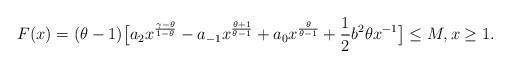
LaTeX: \begin{align*} F (x) = (\theta-1)\big[ a_2 x^{\frac{\gamma-\theta}{1-\theta}} - a_{-1} x^{\frac{\theta+1} {\theta-1}} + a_0 x^{\frac{\theta}{\theta-1}} + \frac{1}{2} b^2 \theta x^{-1} \big] \leq M , x \geq 1. \end{align*}